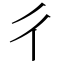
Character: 彳